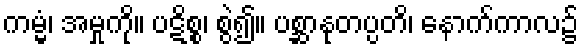
ကမ္မံ၊ အမှုကို။ ပဋိစ္စ၊ စွဲ၍။ ပစ္ဆာနုတပ္ပတိ၊ နောက်ကာလ၌